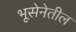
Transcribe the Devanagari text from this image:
भूसेनेतील